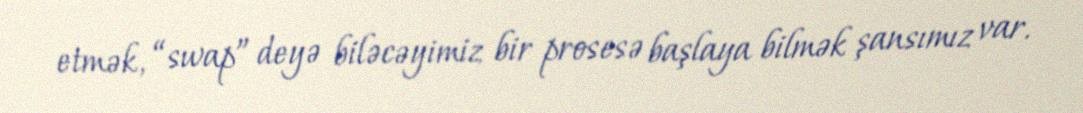
etmək, “swap” deyə biləcəyimiz bir prosesə başlaya bilmək şansımız var.